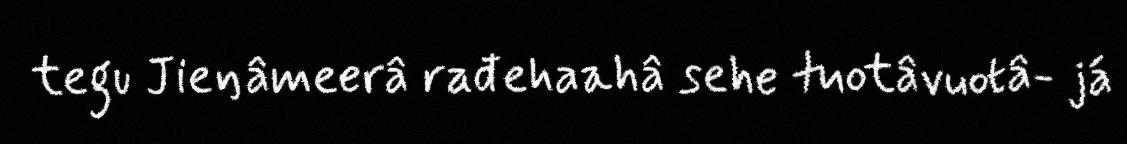
tegu Jieŋâmeerâ rađehaahâ sehe tuotâvuotâ- já